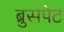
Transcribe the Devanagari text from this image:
ब्रुसपेट